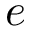
e